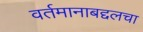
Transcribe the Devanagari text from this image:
वर्तमानाबद्दलचा